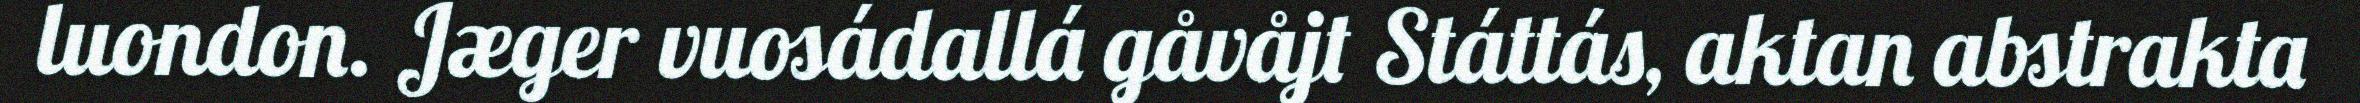
luondon. Jæger vuosádallá gåvåjt Státtás, aktan abstrakta